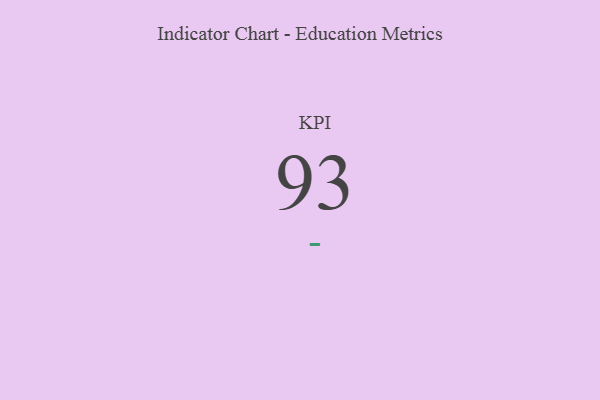
{"axis": {"x": "KPI", "y": "Value"}, "legend": [""], "data": [{"x": "KPI", "y": 93, "type": ""}]}